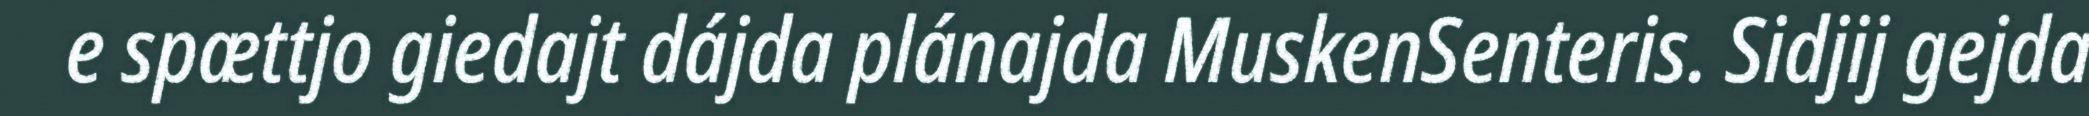
e spættjo giedajt dájda plánajda MuskenSenteris. Sidjij gejda